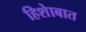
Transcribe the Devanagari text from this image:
हिशेाबात